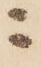
ニ